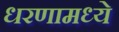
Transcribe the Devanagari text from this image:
धरणामध्ये